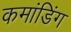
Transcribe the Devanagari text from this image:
कमांडिंग